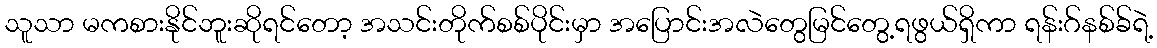
သူသာ မကစားနိုင်ဘူးဆိုရင်တော့ အသင်းတိုက်စစ်ပိုင်းမှာ အပြောင်းအလဲတွေမြင်တွေ့ရဖွယ်ရှိကာ ရန်းဂ်နစ်ခ်ရဲ့